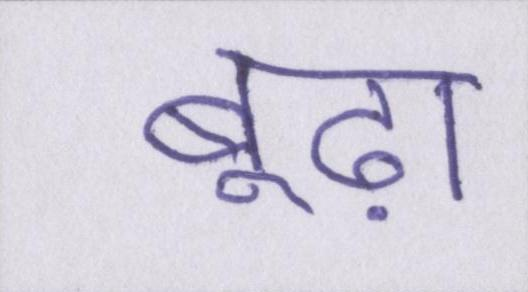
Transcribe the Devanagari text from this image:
बूढ़ा